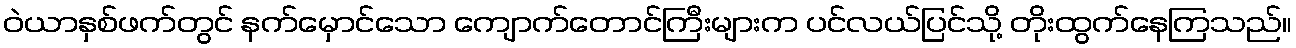
ဝဲယာနှစ်ဖက်တွင် နက်မှောင်သော ကျောက်တောင်ကြီးများက ပင်လယ်ပြင်သို့ တိုးထွက်နေကြသည်။